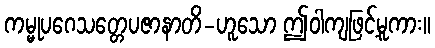
ကမ္မုပဂေသတ္တေပဇာနာတိ-ဟူသော ဤဝါကျဖြင့်မူကား။